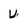
Character: U